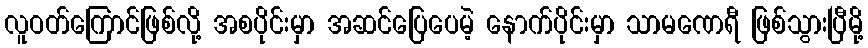
လူဝတ်ကြောင်ဖြစ်လို့ အစပိုင်းမှာ အဆင်ပြေပေမဲ့ နောက်ပိုင်းမှာ သာမဏေရီ ဖြစ်သွားပြီမို့